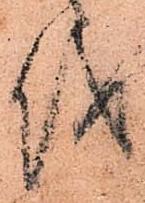
儀